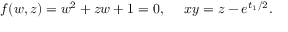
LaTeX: f ( w , z ) = w ^ { 2 } + z w + 1 = 0 , ~ ~ ~ ~ x y = z - e ^ { t _ { 1 } / 2 } .